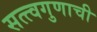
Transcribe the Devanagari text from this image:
सत्त्वगुणाची